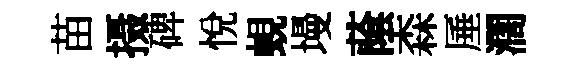
苗摄碑悦蜆墁䕃森厜濶